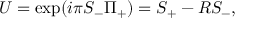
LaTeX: U = \exp ( i \pi { \cal S } _ { - } \Pi _ { + } ) = { \cal S } _ { + } - R { \cal S } _ { - } ,